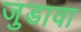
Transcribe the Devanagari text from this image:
जुडावा